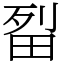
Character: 㽝